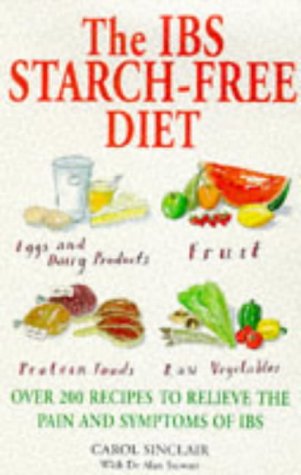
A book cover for The IBS Starch-Free Diet; Carol Sinclair; Health, Fitness & Dieting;